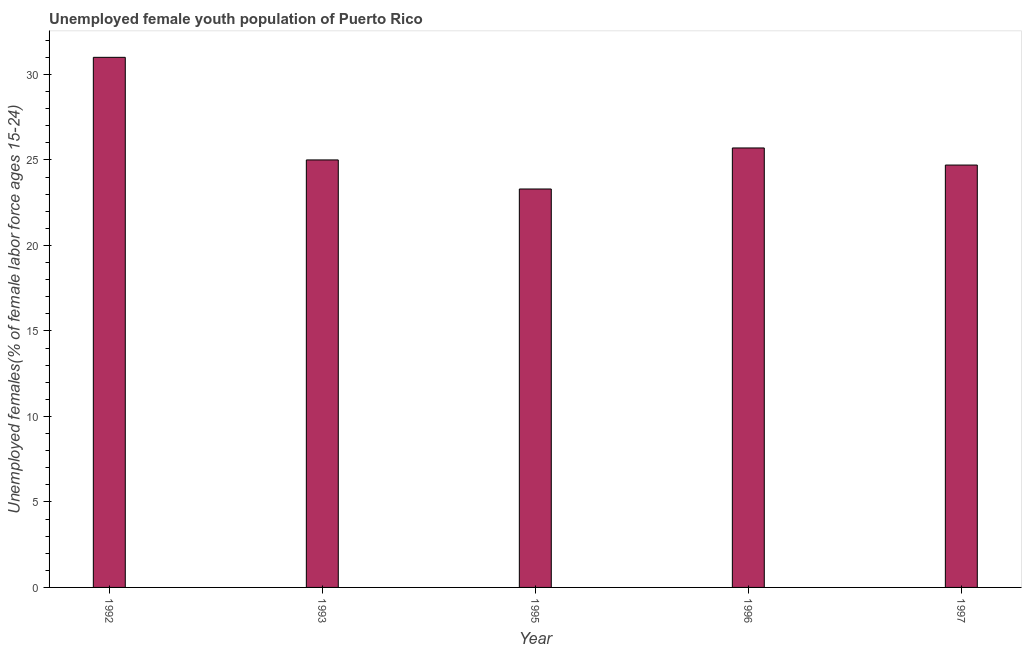
| Year | Unemployment youth female |
 | --- | --- |
 | 1992 | 31 |
 | 1993 | 25 |
 | 1995 | 23.3 |
 | 1996 | 25.7 |
 | 1997 | 24.7 |